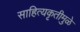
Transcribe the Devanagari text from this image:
साहित्यकृतीमुळे